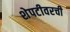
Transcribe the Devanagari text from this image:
शेपटीवरची